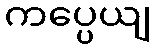
ကပ္ပေယျ